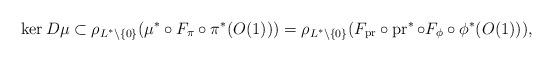
LaTeX: \begin{gather*} \ker D \mu \subset \rho_{L^{*} \setminus \{0\}} (\mu^*\circ F_{\pi} \circ \pi^*(O(1)))= \rho_{L^{*} \setminus \{0\}}(F_{\operatorname{pr}} \circ \operatorname{pr}^* \circ F_{\phi} \circ \phi^*(O(1)) ),\end{gather*}